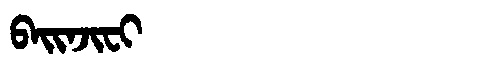
Manchu: ᠪᠠᡳᠨᠵᡳᠸᡳ
Romanization: BAINJIFI